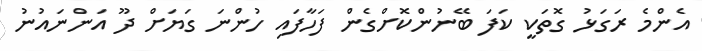
އެންމެ ރަގަޅު ގޮތަކީ ކަފަ ބޭނުންކޮށްގެން ފަހާފައި ހުންނަ ގަޔަށް ދޫ އަންނައުނު